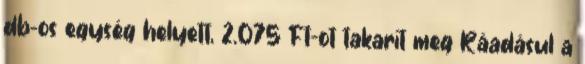
db-os egység helyett, 2.075 Ft-ot takarít meg Ráadásul a